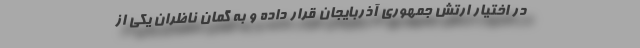
در اختیار ارتش جمهوری آذربایجان قرار داده و به گمان ناظران یکی از